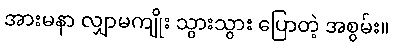
အားမနာ လျှာမကျိုး သွားသွား ပြောတဲ့ အစွမ်း။